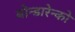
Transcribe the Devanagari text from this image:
बोन्डारेन्को